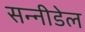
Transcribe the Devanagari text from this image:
सन्नीडेल